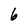
Character: 6